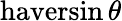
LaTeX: \operatorname{haversin}\theta